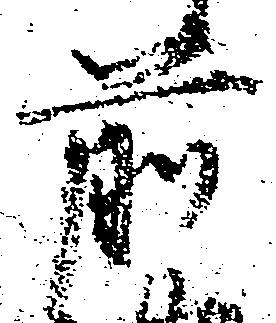
前